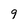
Character: 9